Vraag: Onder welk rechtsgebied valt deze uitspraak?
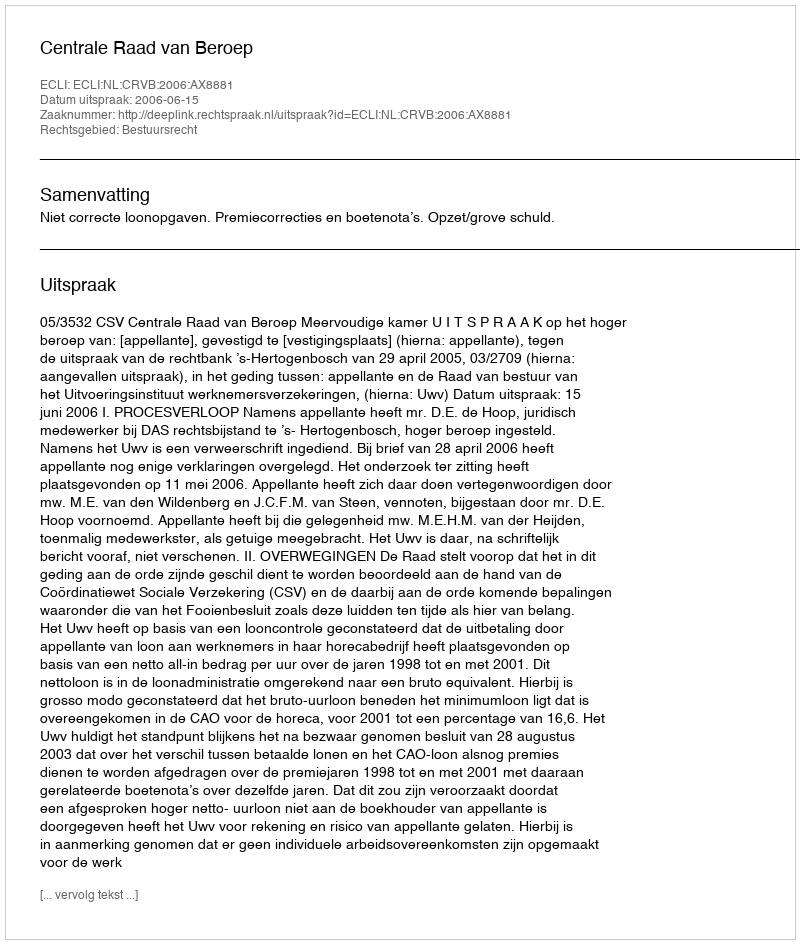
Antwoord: Bestuursrecht